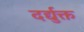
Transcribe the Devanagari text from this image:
दर्द्युक्त